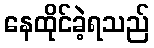
နေထိုင်ခဲ့ရသည်